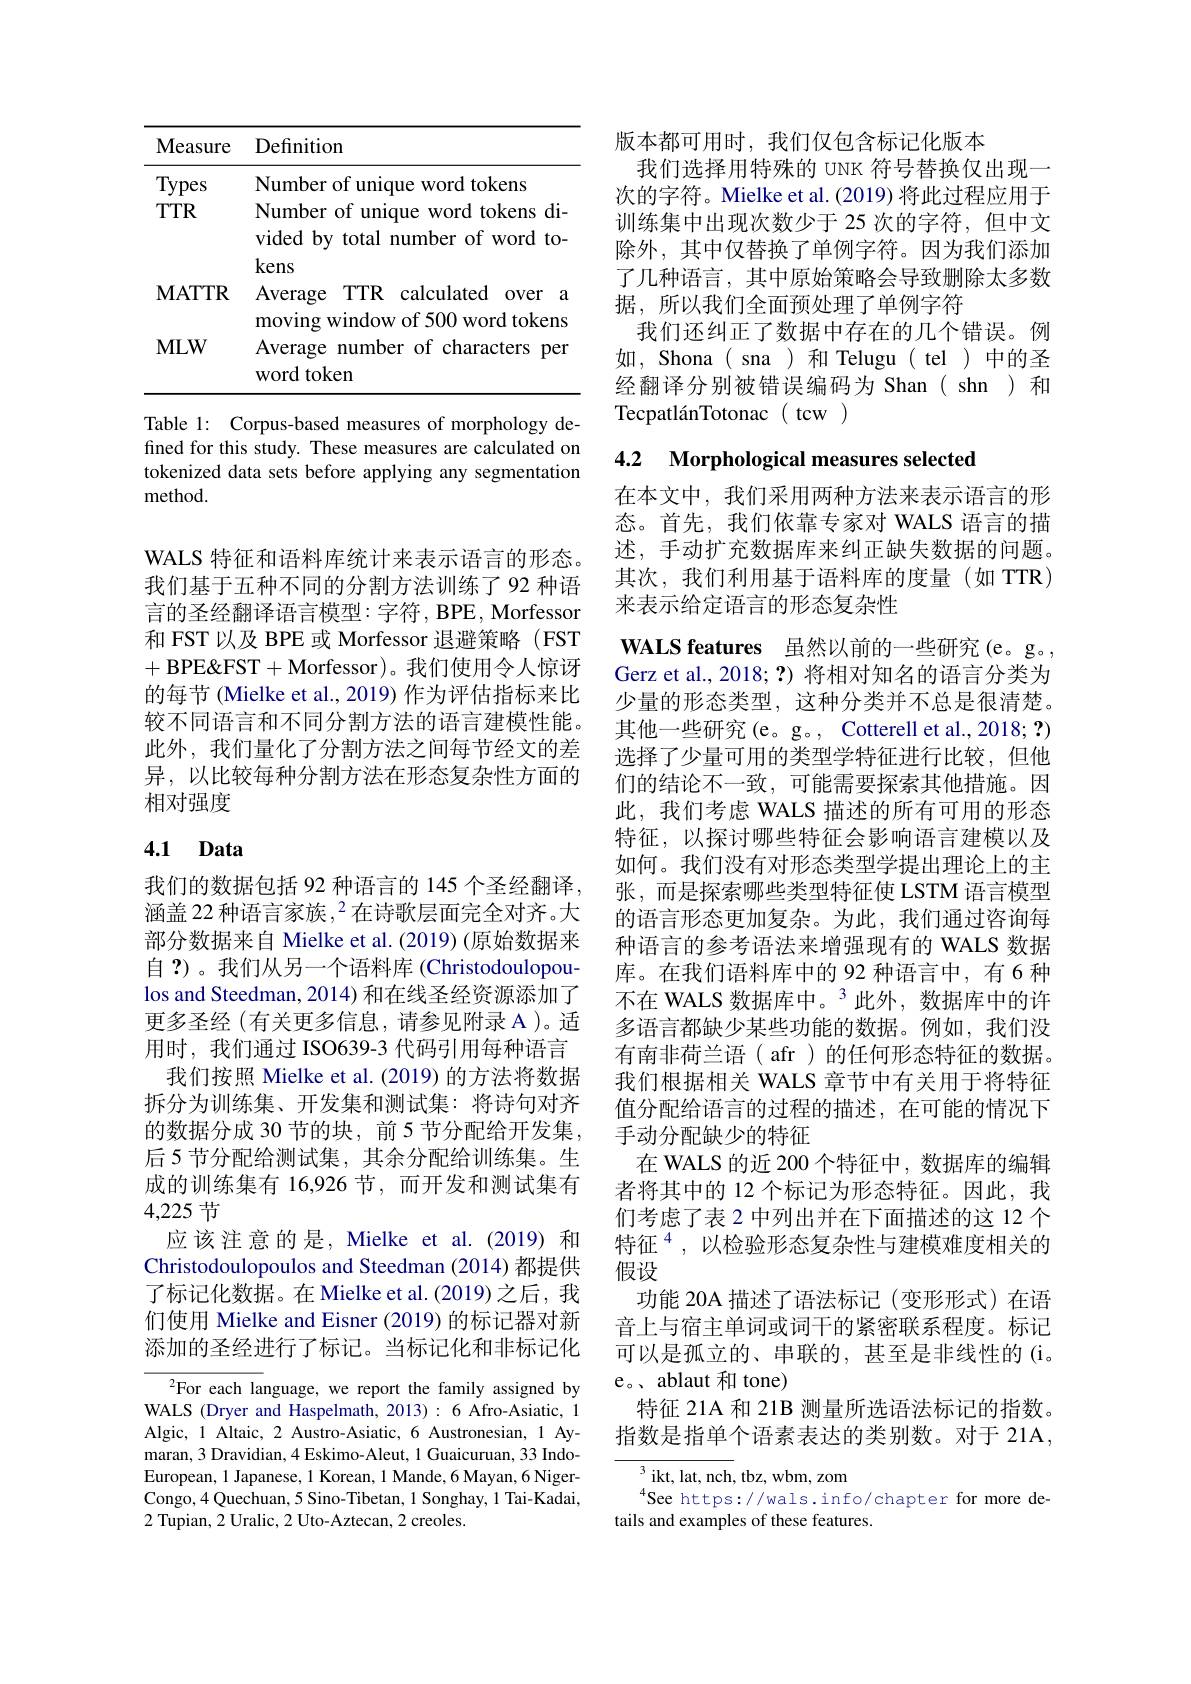
<table>
	<tbody>
		<tr>
			<th>Measure</th>
			<th>Definition</th>
		</tr>
		<tr>
			<td>Types</td>
			<td>Number of unique word tokens</td>
		</tr>
		<tr>
			<td>$TTTR$</td>
			<td>Number of unique word tokens di- vided by total number of word to- kens</td>
		</tr>
		<tr>
			<td>$\mathbf{MATTR}$</td>
			<td>Average $TTTR$ calculated $0Ver$ $a$ of 5m $a|_{r}$ ,</td>
		</tr>
		<tr>
			<td>$\mathbf{MLW}$</td>
			<td>Average number of characters per word token</td>
		</tr>
	</tbody>
</table>

Table 1: Corpus-based measures of morphology defined for this study. These measures are calculated on tokenized data sets before applying any segmentation method.

WALS 特征和语料库统计来表示语言的形态。我们基于五种不同的分割方法训练了92 种语言的圣经翻译语言模型：字符，BPE, Morfessor 和 FST 以及 BPE 或 Morfessor 退避策略 (FST +BPE&FST+Morfessor)。我们使用令人惊讶的每节 (Mielke et al., 2019) 作为评估指标来比较不同语言和不同分割方法的语言建模性能。此外，我们量化了分割方法之间每节经文的差异，以比较每种分割方法在形态复杂性方面的相对强度

# 4.1 Data

我们的数据包括 92 种语言的 145 个圣经翻译， 涵盖 22 种语言家族，$^2$在诗歌层面完全对齐。大部分数据来自 Mielke et al. (2019) (原始数据来自 ?)。我们从另一个语料库 (Christodoulopoulos and Steedman, 2014) 和在线圣经资源添加了更多圣经 (有关更多信息，请参见附录 A )。适用时，我们通过 ISO639-3 代码引用每种语言我们按照 Mielke et al. (2019) 的方法将数据
拆分为训练集、开发集和测试集：将诗句对齐的数据分成 30 节的块，前 5 节分配给开发集， 后 5 节分配给测试集，其余分配给训练集。生成的训练集有 16,926 节，而开发和测试集有4,225节

应该注意的是，Mielke et al.(2019)和Christodoulopoulos and Steedman (2014) 都提供了标记化数据。在 Mielke et al.(2019)之后，我们使用 Mielke and Eisner (2019) 的标记器对新添加的圣经进行了标记。当标记化和非标记化

$^{2}$For each language, we report the family assigned by WALS (Dryer and Haspelmath, 2013) : 6 Afro-Asiatic, 1 Algic, 1 Altaic, 2 Austro-Asiatic, 6 Austronesian, 1 Aymaran, 3 Dravidian, 4 Eskimo-Aleut, 1 Guaicuruan, 33 IndoEuropean, 1 Japanese, 1 Korean, 1 Mande, 6 Mayan, 6 NigerCongo,4 Quechuan, 5 Sino-Tibetan, 1 Songhay, 1 Tai-Kadai, 2 Tupian, 2 Uralic, 2 Uto-Aztecan, 2 creoles.

版本都可用时，我们仅包含标记化版本
我们选择用特殊的 UNK 符号替换仅出现一次的字符。Mielke et al. (2019) 将此过程应用于训练集中出现次数少于 25 次的字符，但中文除外，其中仅替换了单例字符。因为我们添加了几种语言，其中原始策略会导致删除太多数据，所以我们全面预处理了单例字符
我们还纠正了数据中存在的几个错误。例如，Shona( sna )和 Telugu( tel ) 中的圣经翻译分别被错误编码为 Shan( shn )和TecpatlánTotonac(tcw)

4.2 Morphological measures selected

在本文中，我们采用两种方法来表示语言的形态。首先，我们依靠专家对 WALS 语言的描述，手动扩充数据库来纠正缺失数据的问题。其次，我们利用基于语料库的度量(如 TTR) 来表示给定语言的形态复杂性

WALS features 虽然以前的一些研究(e。g。, Gerz et al.,2018;?)将相对知名的语言分类为少量的形态类型，这种分类并不总是很清楚。其他一些研究(e。g。, Cotterell et al., 2018; ?) 选择了少量可用的类型学特征进行比较，但他们的结论不一致，可能需要探索其他措施。因此，我们考虑 WALS 描述的所有可用的形态特征，以探讨哪些特征会影响语言建模以及如何。我们没有对形态类型学提出理论上的主张，而是探索哪些类型特征使 LSTM 语言模型的语言形态更加复杂。为此，我们通过咨询每种语言的参考语法来增强现有的 WALS 数据库。在我们语料库中的 92 种语言中，有 6 种不在 WALS 数据库中。$^3$此外，数据库中的许多语言都缺少某些功能的数据。例如，我们没有南非荷兰语( afr)的任何形态特征的数据。我们根据相关 WALS 章节中有关用于将特征值分配给语言的过程的描述，在可能的情况下手动分配缺少的特征
在 WALS 的近 200 个特征中，数据库的编辑者将其中的 12 个标记为形态特征。因此，我们考虑了表 2 中列出并在下面描述的这 12 个特征$^{4}$,以检验形态复杂性与建模难度相关的假设
功能 20A 描述了语法标记(变形形式)在语音上与宿主单词或词干的紧密联系程度。标记可以是孤立的、串联的，甚至是非线性的(i。e。、 ablaut 和 tone)
特征 21A 和 21B 测量所选语法标记的指数。指数是指单个语素表达的类别数。对于 21A,

$^3$ikt, lat, nch, tbz, wbm, zom
See https://wals.info/chapter for more de-
tails and examples of these features.